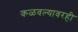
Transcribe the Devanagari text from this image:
कळवल्यावरही